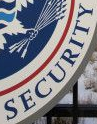
SECURITY